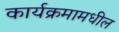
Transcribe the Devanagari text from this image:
कार्यक्रमामधील